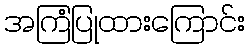
အကြံပြုထားကြောင်း